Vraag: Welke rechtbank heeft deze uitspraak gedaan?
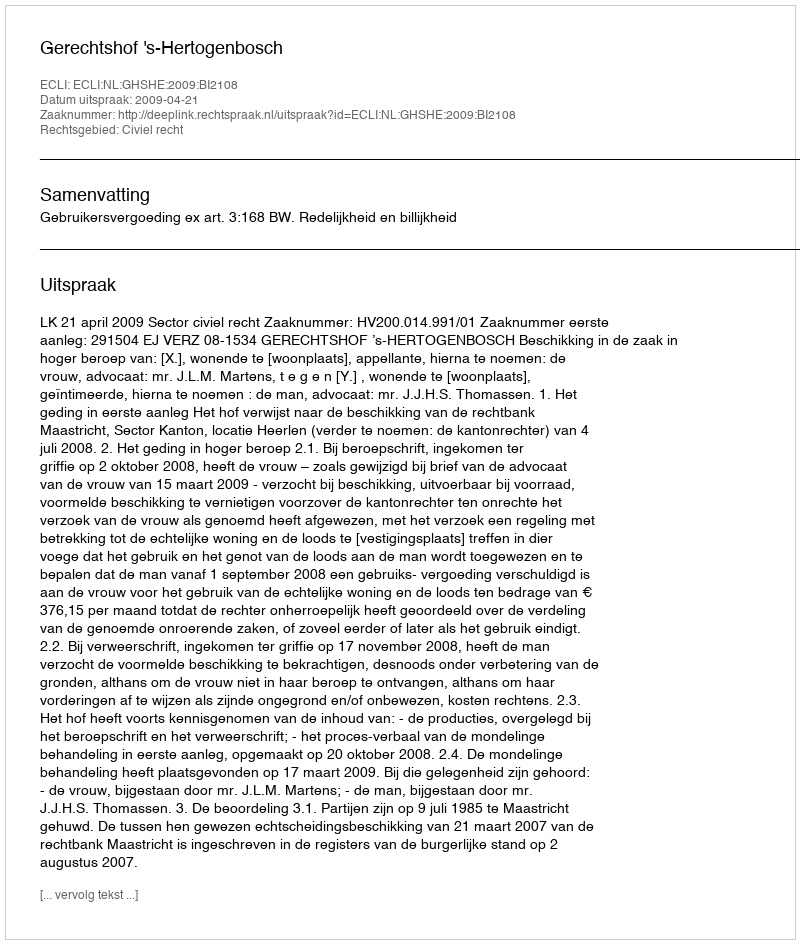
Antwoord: Gerechtshof 's-Hertogenbosch